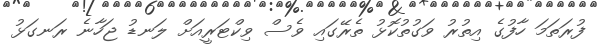
ފުރަތަމަ ހާފުގެ އިތުރު ވަގުތުކޮޅު ތެރޭގައި ވެސް ވިކްޓަރީއަށް ލަނޑު ޖަހާނެ ރަނގަޅު